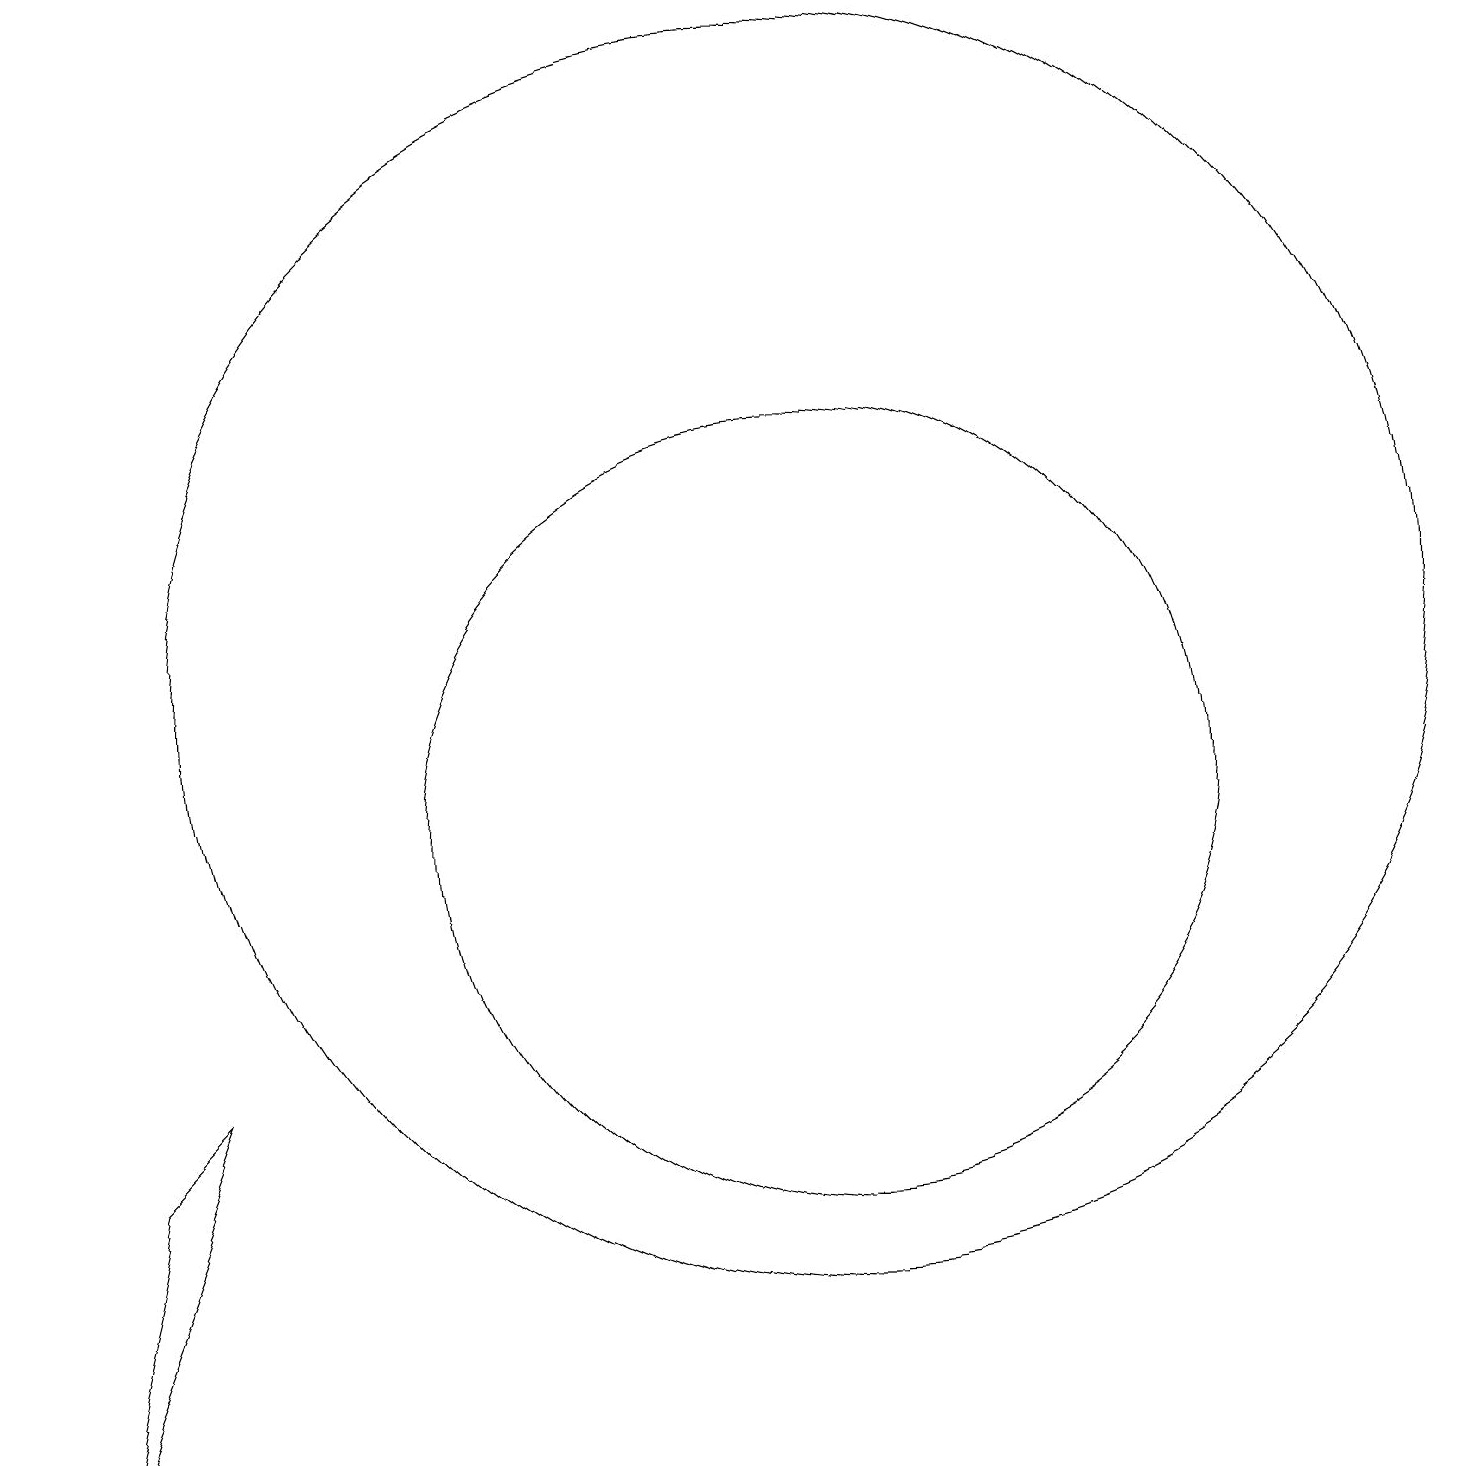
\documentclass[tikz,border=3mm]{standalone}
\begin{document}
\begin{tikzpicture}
\draw (11,10) circle (5);
\draw (3,7) -- (2,6) -- (1,2) -- cycle;
\draw (11,12) circle (8);
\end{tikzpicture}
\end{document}